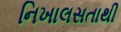
નિખાલસતાથી